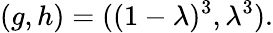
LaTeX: (g,h)=((1-\lambda)^{3},\lambda^{3}).